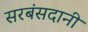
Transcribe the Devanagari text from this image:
सरबंसदानी